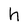
Character: h